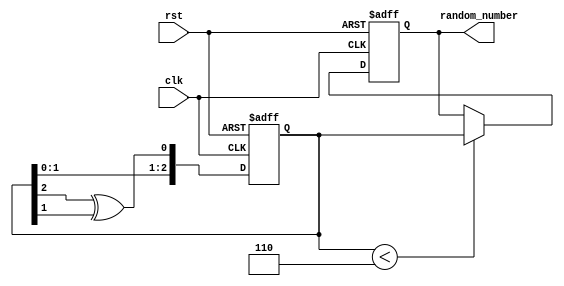
`timescale 1ns / 1ps
module RNG(
    output reg [2:0] random_number, // 3 bits to cover numbers from 0-7
    input clk,
    input rst // reset input to initialize the LFSR
);

// LFSR internal state
reg [2:0] lfsr = 3'b001; // Non-zero initial state

// Update LFSR and output on positive edge of clock
always @(posedge clk or posedge rst) begin
    if (rst) begin
        lfsr <= 3'b001; // Reset to initial non-zero state
        random_number <= 0;
    end else begin
        // Update LFSR using taps at bit 2 and bit 1 (example configuration)
        lfsr[2:0] <= {lfsr[1:0], lfsr[2] ^ lfsr[1]};

        // Only update output if lfsr value is less than 6
        if (lfsr < 6) random_number <= lfsr;
    end
end

endmodule